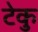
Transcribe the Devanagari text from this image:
टेकु